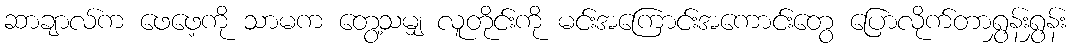
ဆာချာလ်က ဖေဖေ့ကို သာမက တွေ့သမျှ လူတိုင်းကို မင်းအကြောင်းအကောင်းတွေ ပြောလိုက်တာရွှန်းရွှန်း